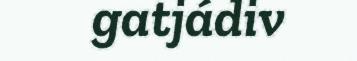
gatjádiv